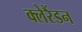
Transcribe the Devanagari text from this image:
क्लेरैंडन